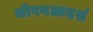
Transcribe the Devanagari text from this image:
जीवनआदर्श